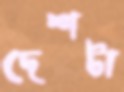
দেশটা